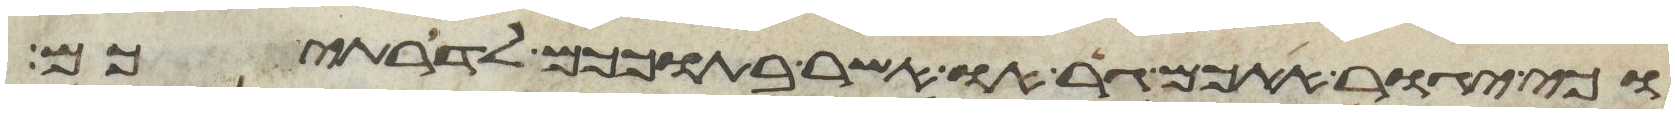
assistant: וכי יגור אתכם גר או אשר בתוככם לדרתיכם